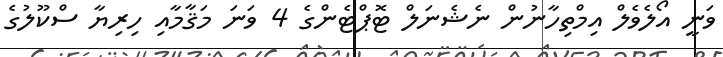
ވަނީ އޯލެވެލް އިމްތިހާނުން ނެޝެނަލް ޓޮޕްޓެންގެ 4 ވަނަ މަޤާމާއި ހިރިޔާ ސްކޫލުގެ